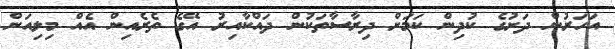
އަހަރުން ދަށުގެ ކުދިން ކަމަށް ދިރާސާތަކުން ދައްކާއިރު އޭގެ ތެރެއިން އެއް މިލިއަން